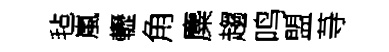
毡嵐轣角麋趨鸣盟䒭